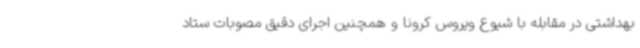
بهداشتی در مقابله با شیوع ویروس کرونا و همچنین اجرای دقیق مصوبات ستاد